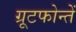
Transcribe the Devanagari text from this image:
ग्रूटफोन्तें